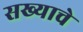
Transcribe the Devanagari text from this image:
सख्याचे